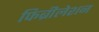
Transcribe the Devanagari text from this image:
फिब्रीलेशन